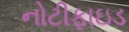
નોટીફાઇડ